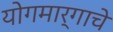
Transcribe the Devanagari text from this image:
योगमार्गाचे